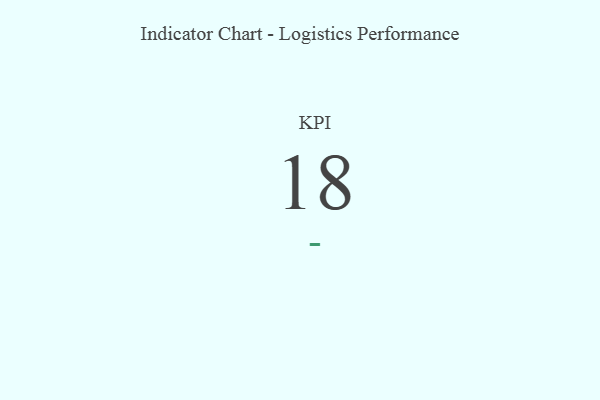
{"axis": {"x": "KPI", "y": "Value"}, "legend": [""], "data": [{"x": "KPI", "y": 18, "type": ""}]}